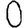
Digit: 0